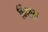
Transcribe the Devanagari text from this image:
चिश्म